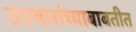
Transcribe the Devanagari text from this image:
उपचारांच्याबाबतीत